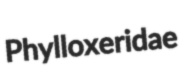
Phylloxeridae